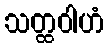
သတ္ထဝါဟံ